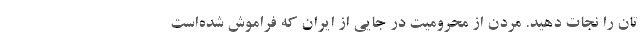
تان را نجات دهید. مُردن از محرومیت در جایی از ایران که فراموش شده‌است